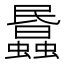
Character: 𧓹